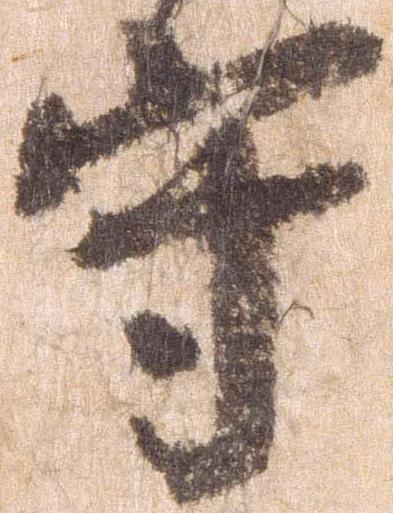
守